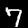
Digit: 7